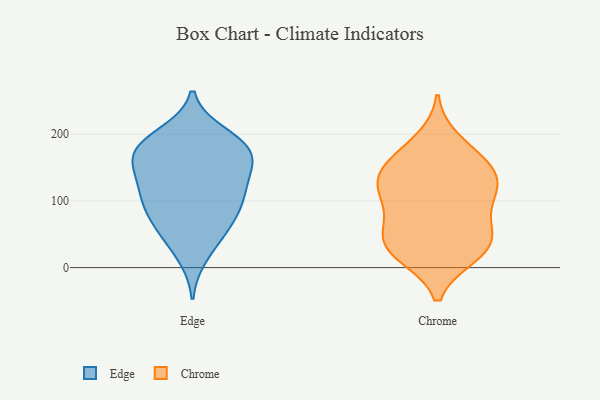
{"axis": {"x": "Revenue (USD Million)", "y": "Value"}, "legend": ["Chrome", "Edge"], "data": [{"x": "", "y": 87, "type": "Edge"}, {"x": "", "y": 156, "type": "Edge"}, {"x": "", "y": 65, "type": "Edge"}, {"x": "", "y": 200, "type": "Edge"}, {"x": "", "y": 188, "type": "Edge"}, {"x": "", "y": 91, "type": "Edge"}, {"x": "", "y": 112, "type": "Edge"}, {"x": "", "y": 188, "type": "Edge"}, {"x": "", "y": 124, "type": "Edge"}, {"x": "", "y": 120, "type": "Edge"}, {"x": "", "y": 179, "type": "Edge"}, {"x": "", "y": 45, "type": "Edge"}, {"x": "", "y": 164, "type": "Edge"}, {"x": "", "y": 60, "type": "Edge"}, {"x": "", "y": 156, "type": "Edge"}, {"x": "", "y": 17, "type": "Edge"}, {"x": "", "y": 181, "type": "Edge"}, {"x": "", "y": 150, "type": "Edge"}, {"x": "", "y": 101, "type": "Edge"}, {"x": "", "y": 23, "type": "Chrome"}, {"x": "", "y": 47, "type": "Chrome"}, {"x": "", "y": 48, "type": "Chrome"}, {"x": "", "y": 22, "type": "Chrome"}, {"x": "", "y": 109, "type": "Chrome"}, {"x": "", "y": 147, "type": "Chrome"}, {"x": "", "y": 72, "type": "Chrome"}, {"x": "", "y": 156, "type": "Chrome"}, {"x": "", "y": 112, "type": "Chrome"}, {"x": "", "y": 108, "type": "Chrome"}, {"x": "", "y": 123, "type": "Chrome"}, {"x": "", "y": 138, "type": "Chrome"}, {"x": "", "y": 19, "type": "Chrome"}, {"x": "", "y": 46, "type": "Chrome"}, {"x": "", "y": 190, "type": "Chrome"}, {"x": "", "y": 163, "type": "Chrome"}]}